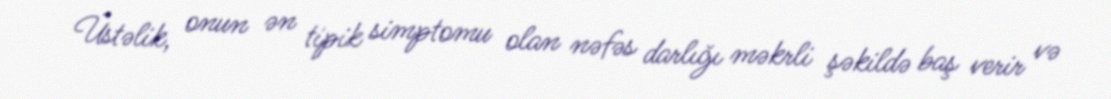
Üstəlik, onun ən tipik simptomu olan nəfəs darlığı məkrli şəkildə baş verir və